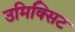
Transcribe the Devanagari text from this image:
उमिक्सिट